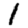
Digit: 1